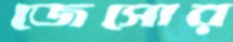
জেসোর